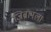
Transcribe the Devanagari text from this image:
जिब्रानला